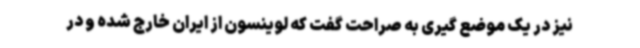
نیز در یک موضع گیری به صراحت گفت که لوینسون از ایران خارج شده و در